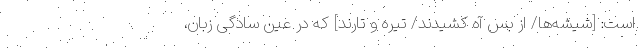
است: [شیشه‌ها/ از بس آه کشیدند/ تیره و تارند] که در عینِ سادگی زبان،